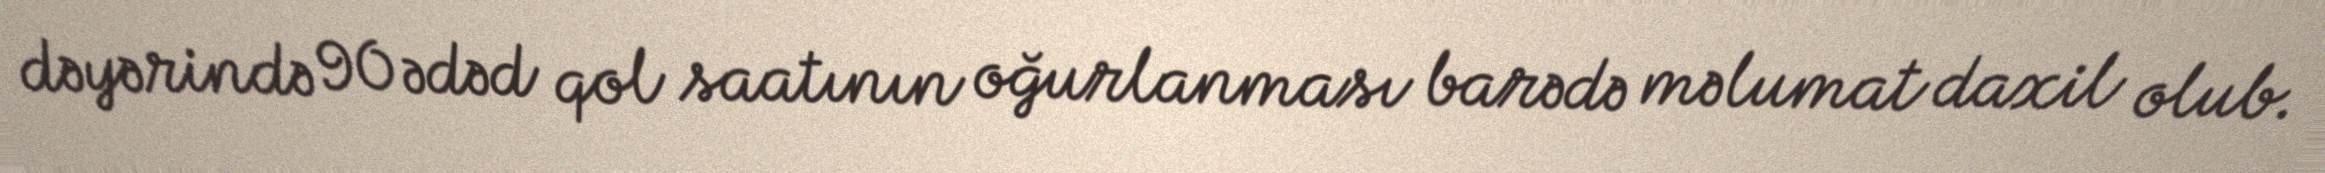
dəyərində 90 ədəd qol saatının oğurlanması barədə məlumat daxil olub.